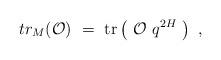
LaTeX: \begin{align*}tr_{M} ({\cal O}) ~=~\hbox{tr} \left(~{\cal O} ~ q^{2H} ~\right) \ ,\end{align*}